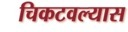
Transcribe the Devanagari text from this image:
चिकटवल्यास